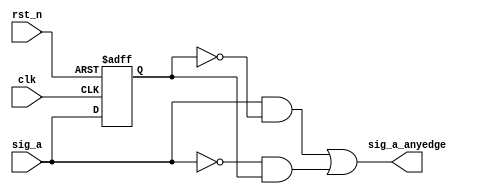
`timescale 1ns / 1ps
//****************************************VSCODE PLUG-IN**********************************//
//----------------------------------------------------------------------------------------
// IDE :                   VSCODE     
// VSCODE plug-in version: Verilog-Hdl-Format-1.9.20240413
// VSCODE plug-in author : Jiang Percy
//----------------------------------------------------------------------------------------
//****************************************Copyright (c)***********************************//
// Copyright(C)            Please Write Company name
// All rights reserved     
// File name:              
// Last modified Date:     2024/04/21 13:28:59
// Last Version:           V1.0
// Descriptions:           
//----------------------------------------------------------------------------------------
// Created date:           2024/04/21 13:28:59
// Version:                V1.0
// TEXT NAME:              posedge.v
// PATH:                   D:\Allcodes\v\verilogDT_3_\combination_logic\posedge\posedge.v
// Descriptions:           
//                         
//----------------------------------------------------------------------------------------
//****************************************************************************************//

module syncedge(
    input                               clk                        ,
    input                               rst_n                     ,
    input sig_a,
    output sig_a_anyedge
);
    reg sig_a_d1;
             always @(posedge clk or negedge rst_n)           
                 begin                                        
                     if(!rst_n)                               
                           sig_a_d1 <= 1'b0;                                   
                             
                     else    
                        sig_a_d1 <= sig_a   ;                               
                 end                                                                                                    
            assign sig_a_anyedge  = (sig_a & ~sig_a_d1) |
                                    (~sig_a & sig_a_d1);                                                   
endmodule